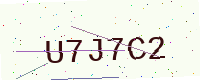
Text: U7J7C2